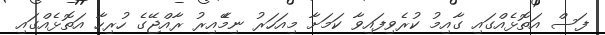
ފަސް އަތޮޅެއްގައި ގާއިމު ކުރެވިފައިވާ ކަމަށާ މިއަަހަރު ނިމެޭއިރު ރާއްޖޭގެ ހުރިހާ އަތޮޅެއްގައި